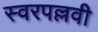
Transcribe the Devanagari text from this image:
स्वरपल्लवी